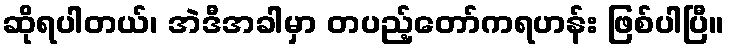
ဆိုရပါတယ်၊ အဲဒီအခါမှာ တပည့်တော်ကရဟန်း ဖြစ်ပါပြီ။